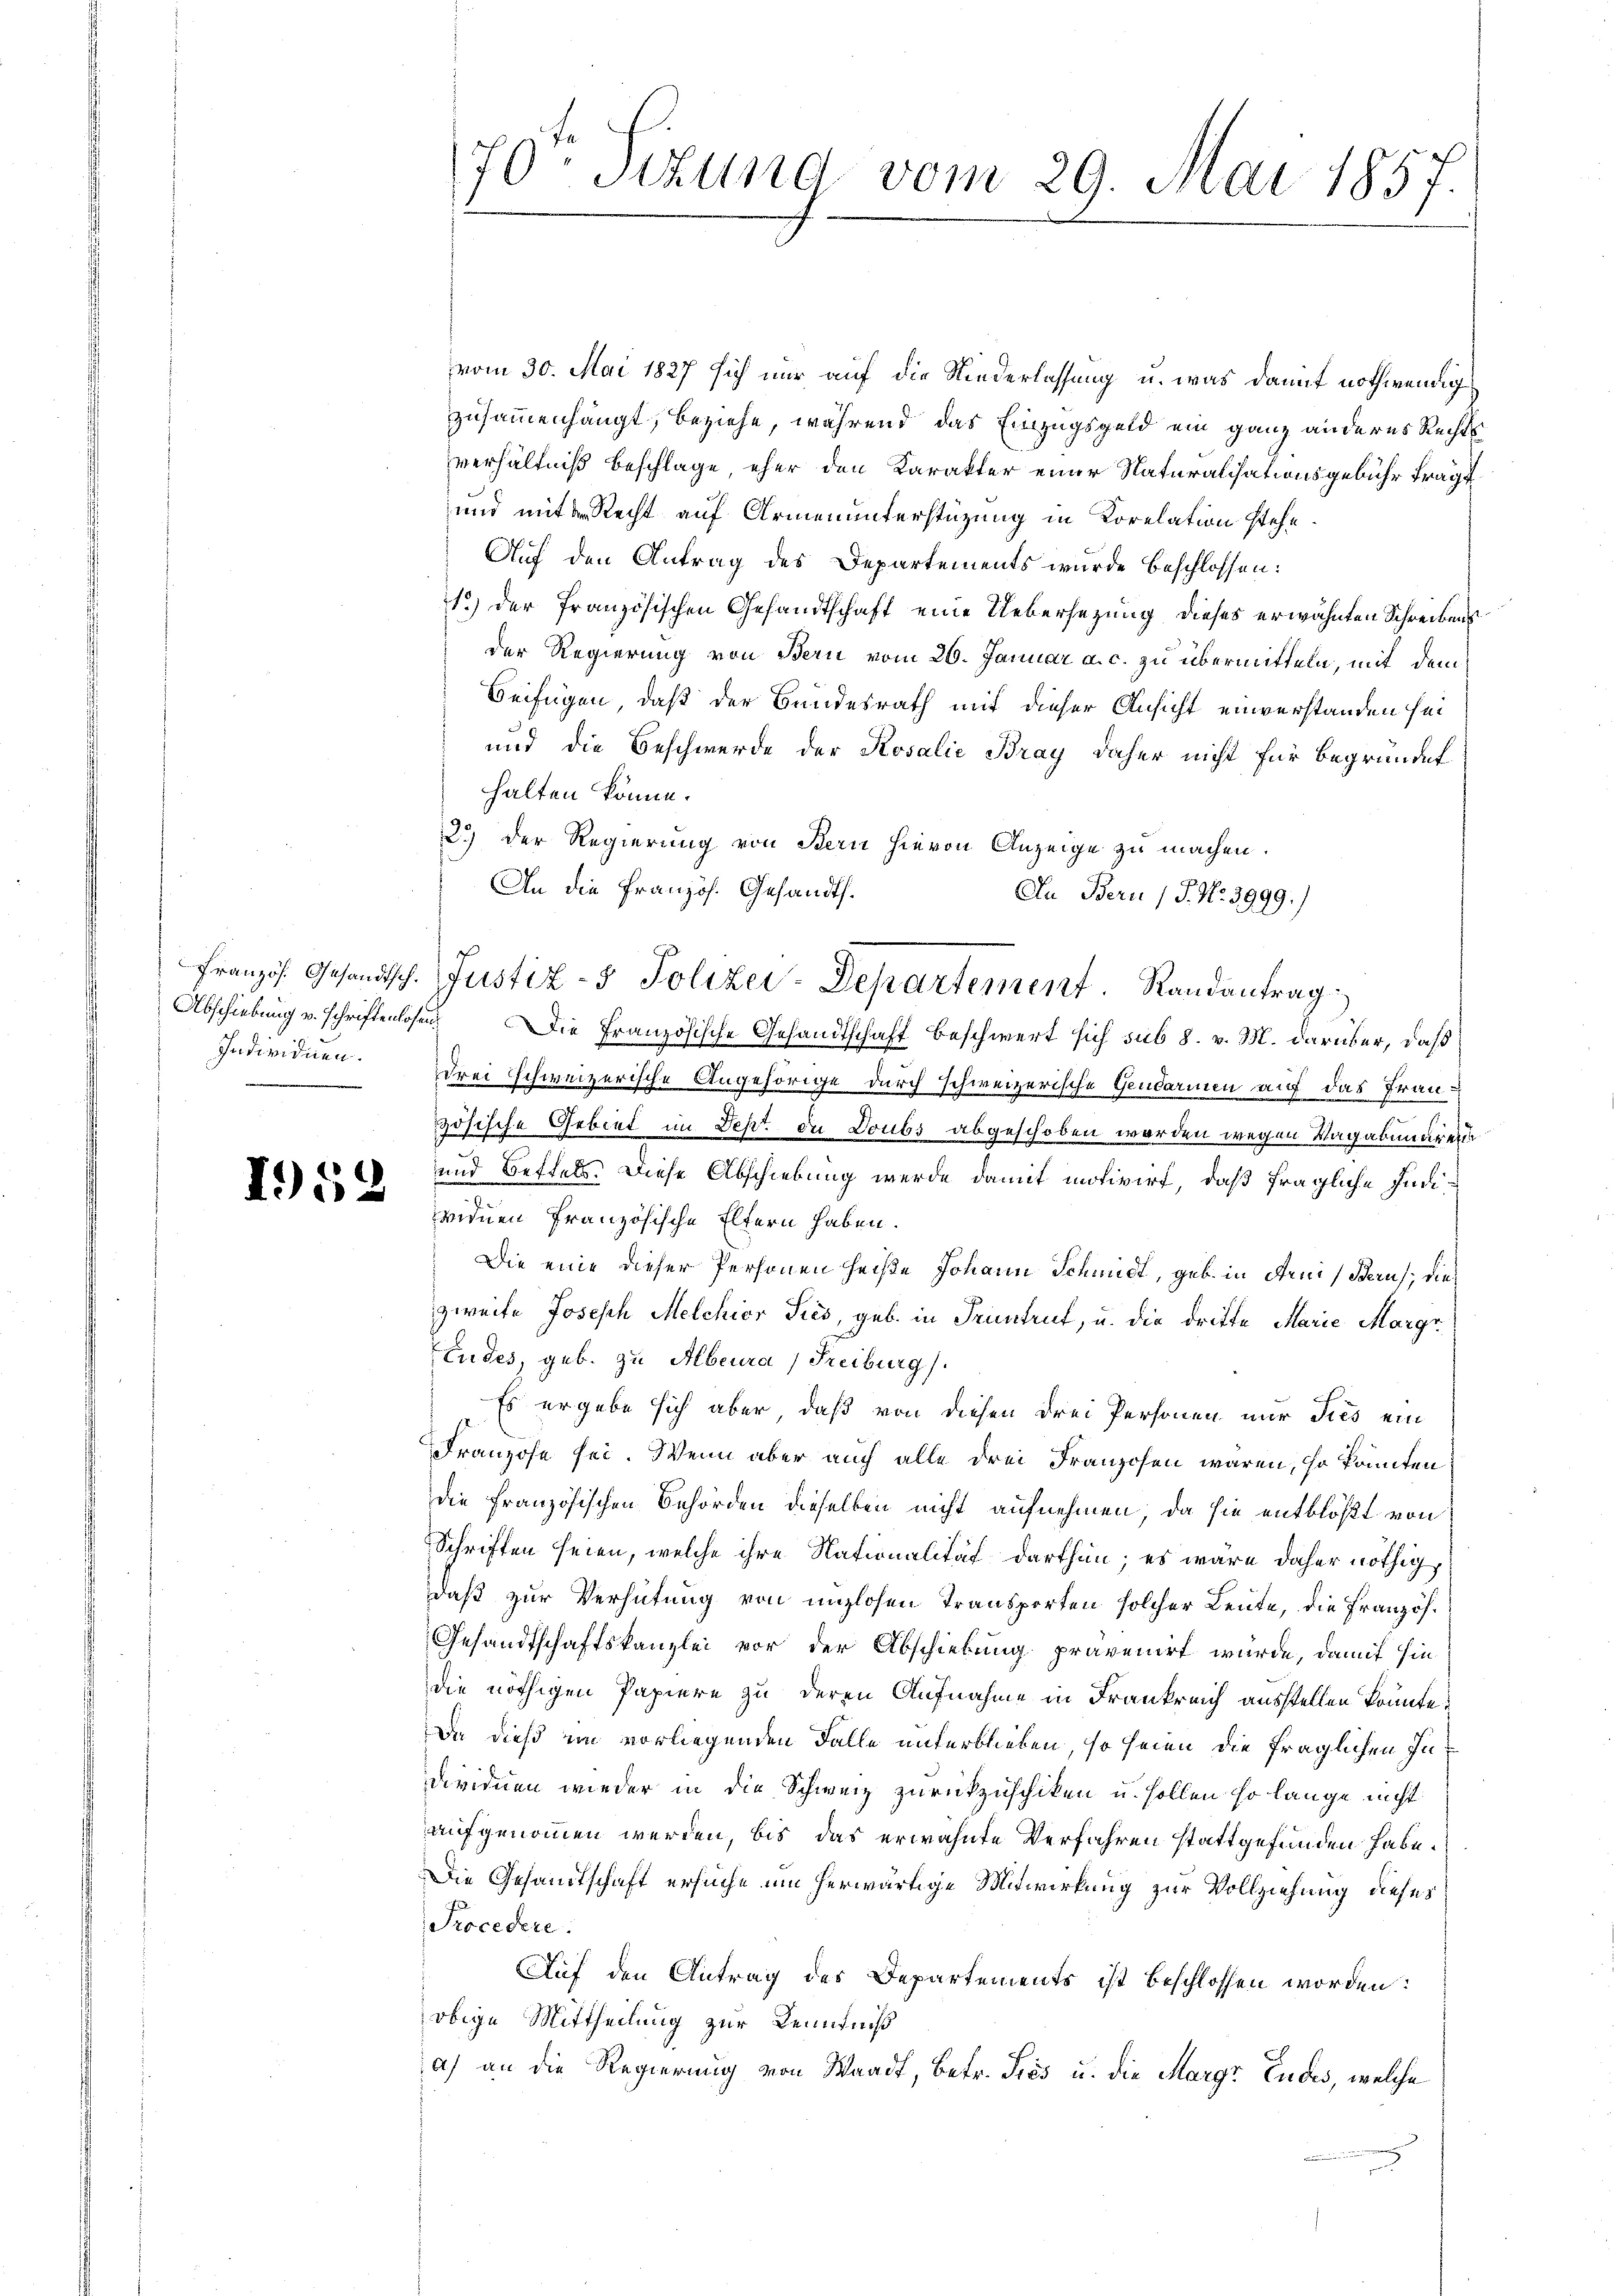
e

I952

70 Titung vom 29. Mai 1857.

vom 30. Mai 1827 sich nur auf die Niederlassung u. was damit nothwendig
zusammenhängt, beziehe, während das Einzugsgeld ein ganz anderes Rechts
verhältniß beschlage, eher den Karakter einer Naturalisationsgebühr fragt
und mit Recht auf Armenunterstüzung in Korelation stehe.
Auf den Antrag des Departements wurde beschlossen:
1) der französischen Gesandtschaft eine Uebersezung dieses erwähnten Schreibens
der Regierung von Bern vom 26. Januar a. c. zu übermitteln, mit dem
Beifügen, daß der Bundesrath mit dieser Ansicht einverstanden sei
und die Beschwerde der Rosalie Bray daher nicht für begründet
halten könne.
2.) Der Regierung von Bern hievon Anzeige zu machen.
An die Französ. Gesandts¬
An Bern (S. Nr. 3999.)
Französ. Gesandtsch. Justiz- & Polizei-Departement. Randantrag
Abschiebung v. schriftenlosen. Die Französische Gesandtschaft beschwert sich sub 8. v. M. darüber, daß
Individuen. Drei schweizerische Angehörige durch schweizerische Gendarmen auf das Französische Gebiet im Sept de Doubs abgeschoben worden wegen Vagabungen
und Beftels. Diese Abschiebung werde damit motivirt, daß fragliche Indiwidmen französische Eltern haben.
Die eine dieser Personen heiße Johann Schmidt, geb. in den Bern; die
zweite Joseph Melchior Ties, geb. in Pruntrut, u. die dritte Marie Margr
Eudes, geb. zu Albeura, Freiburg.
Es ergebe sich aber, daß von diesen drei Personen nur dies ein
Franzose sei. Wenn aber auch alle drei Franzosen wären, so könnten
die französischen Behörden dieselben nicht aufnehmen, da sie entblößt von
Schriften seien, welche ihre Nationalität darthun; es wäre daher nöthig,
daß zur Verhütung von unglosen Transporten solcher Leute, die Französ.
Gesandtschaftskanzlei vor der Abschiebung prävenirt wurde, damit hin
die nöthigen Papiere zu deren Aufnahme in Frankreich ausstellen könnte.
Da dieß im vorliegenden Falle unterblieben, so seien die fraglichen In
dividuen wieder in die Schweiz zurückzuschiken u. sollen so lange nicht
aufgenommen werden, bis das erwähnte Verfahren stattgefunden habe.
Die Gesandtschaft ersuche um herwärtige Mitwirkung zur Vollziehung dieses
Procedere.
Auf den Antrag des Departements ist beschlossen worden:
obige Mittheilung zur Kenntniß
a) an die Regierung von Waadt, betr. Sies u. die Margr Eudes, welche